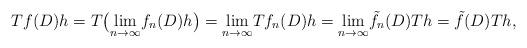
LaTeX: \begin{align*}T f(D) h=T \bigl(\underset{n\rightarrow\infty}{\mathrm{lim}}{f_{n}(D) h}\bigr)=\underset{n\rightarrow\infty}{\mathrm{lim}} {T f_{n}(D) h}=\underset{n\rightarrow\infty}{\mathrm{lim}} {\tilde{f_{n}}(D) T h}={\tilde{f}(D) T h},\end{align*}